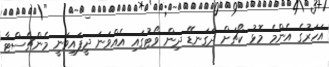
އަހަރުގެ އެންމެ މޮޅު ކޯޗަށް ދަގަނޑޭ ދިން ވޯޓުގައި އެއްވަނަ ދީފައިވަނީ މެންޗެސްޓާ